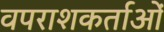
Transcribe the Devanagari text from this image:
वपराशकर्ताओं